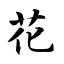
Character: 花